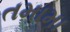
તમામા